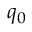
q _ { 0 }